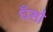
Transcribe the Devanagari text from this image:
धँसो